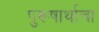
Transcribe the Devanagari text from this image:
पुरूषार्थाचा